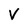
Character: V